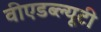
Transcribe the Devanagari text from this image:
वीएडब्ल्यूटी